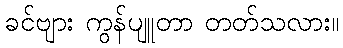
ခင်ဗျား ကွန်ပျူတာ တတ်သလား။